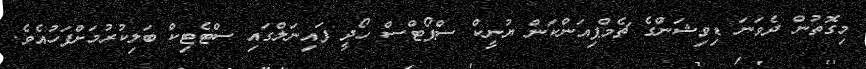
މިގޮތުން ދެވަނަ ޑިވިޝަންގެ ޗެމްޕިއަންކަން ޔުނީކް ސްޕޯޓްސް ހޯދީ ފައިނަލްގައި ސްޓެޓިކް ބަލިކުރުމަށްފަހުއެވެ.